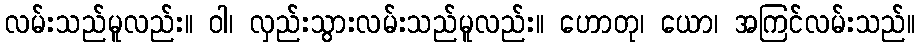
လမ်းသည်မူလည်း။ ဝါ၊ လှည်းသွားလမ်းသည်မူလည်း။ ဟောတု၊ ယော၊ အကြင်လမ်းသည်။